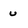
Character: u